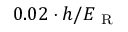
0 . 0 2 \cdot h / E _ { \mathrm { ~ R ~ } }